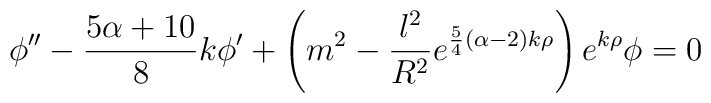
\phi''-{5\alpha +10 \over 8}k\phi'+\left(m^2-{l^2 \over R^2}e^{{5\over 4}(\alpha-2)k \rho}\right)e^{k\rho}\phi=0